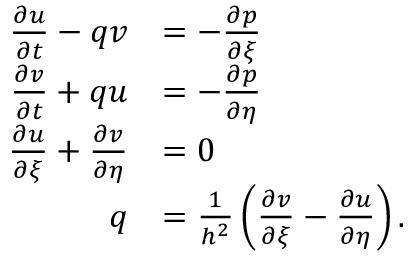
\begin{array} { r l } { \frac { \partial u } { \partial t } - q v } & { = - \frac { \partial p } { \partial \xi } } \\ { \frac { \partial v } { \partial t } + q u } & { = - \frac { \partial p } { \partial \eta } } \\ { \frac { \partial u } { \partial \xi } + \frac { \partial v } { \partial \eta } } & { = 0 } \\ { q } & { = \frac { 1 } { h ^ { 2 } } \left( \frac { \partial v } { \partial \xi } - \frac { \partial u } { \partial \eta } \right) . } \end{array}